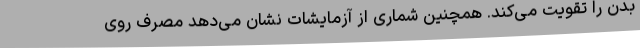
بدن را تقویت می‌کند. همچنین شماری از آزمایشات نشان می‌دهد مصرف روی